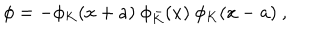
\phi = - \phi _ { K } ( x + a ) \ \phi _ { \bar { K } } ( x ) \ \phi _ { K } ( x - a ) \ ,